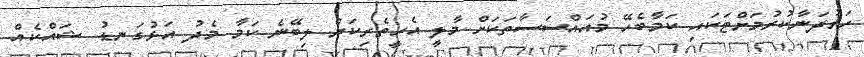
ހަރުދަނާކުރުމަށްޓަކައި ކަމާބެހޭ މުއައްސަސާތަކަށް މާލީ އެހީތެރިކަން ލިބޭނެ ކަމާ މެދު އަޅުގަނޑު ޝައްކެއް